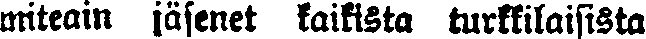
miteain jäsenet kaikista turkkilaisista